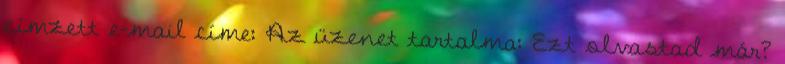
címzett e-mail címe: Az üzenet tartalma: Ezt olvastad már?